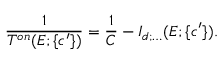
\displaystyle \frac { 1 } { T ^ { o n } ( E ; \{ c ^ { \prime } \} ) } = \displaystyle \frac { 1 } { C } - I _ { d ; \ldots } ( E ; \{ c ^ { \prime } \} ) .